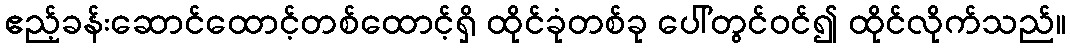
ဧည့်ခန်းဆောင်ထောင့်တစ်ထောင့်ရှိ ထိုင်ခုံတစ်ခု ပေါ်တွင်ဝင်၍ ထိုင်လိုက်သည်။